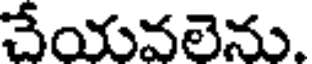
చేయవలెను.